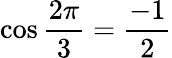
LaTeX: \cos{\frac{2\pi}{3}}={\frac{-1}{2}}